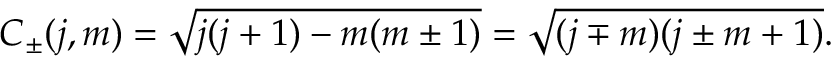
C _ { \pm } ( j , m ) = { \sqrt { j ( j + 1 ) - m ( m \pm 1 ) } } = { \sqrt { ( j \mp m ) ( j \pm m + 1 ) } } .